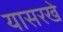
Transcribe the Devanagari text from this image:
यासरखे